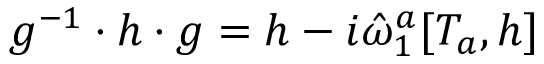
g ^ { - 1 } \cdot h \cdot g = h - i \hat { \omega } _ { 1 } ^ { a } [ T _ { a } , h ]